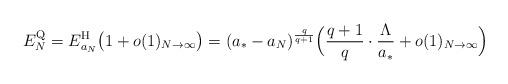
LaTeX: \begin{align*}E_{N}^{\rm Q} = E_{a_{N}}^{\rm H} \big(1+o(1)_{N\to\infty}\big) = (a_{*}-a_{N})^{\frac{q}{q+1}} \Big(\frac{q+1}{q}\cdot\frac{\Lambda}{a_{*}} + o(1)_{N\to\infty}\Big)\end{align*}